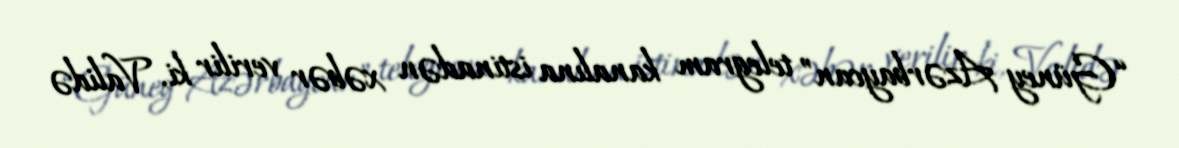
“Güney Azərbaycan” telegram kanalına istinadən xəbər verilir ki, Validə